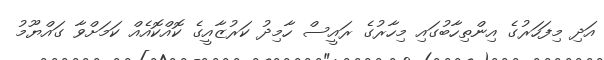
އަދި މިފަހަރުގެ އިންތިހާބުގައި މިހާރުގެ ރައީސް ހާމިދު ކަރުޒާއީގެ ކޮއްކޮއެއް ކަމަށްވާ ގައްޔޫމު